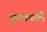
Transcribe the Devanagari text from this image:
चुचकारले